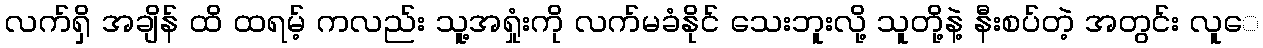
လက်ရှိ အချိန် ထိ ထရမ့် ကလည်း သူ့အရှုံးကို လက်မခံနိုင် သေးဘူးလို့ သူတို့နဲ့ နီးစပ်တဲ့ အတွင်း လူေ